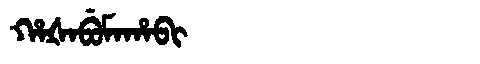
Manchu: ᡥᠠᡧᠠᠪᡠᠮᠠᡥᠠᠪᡳ
Romanization: HAŠABUMAHABI